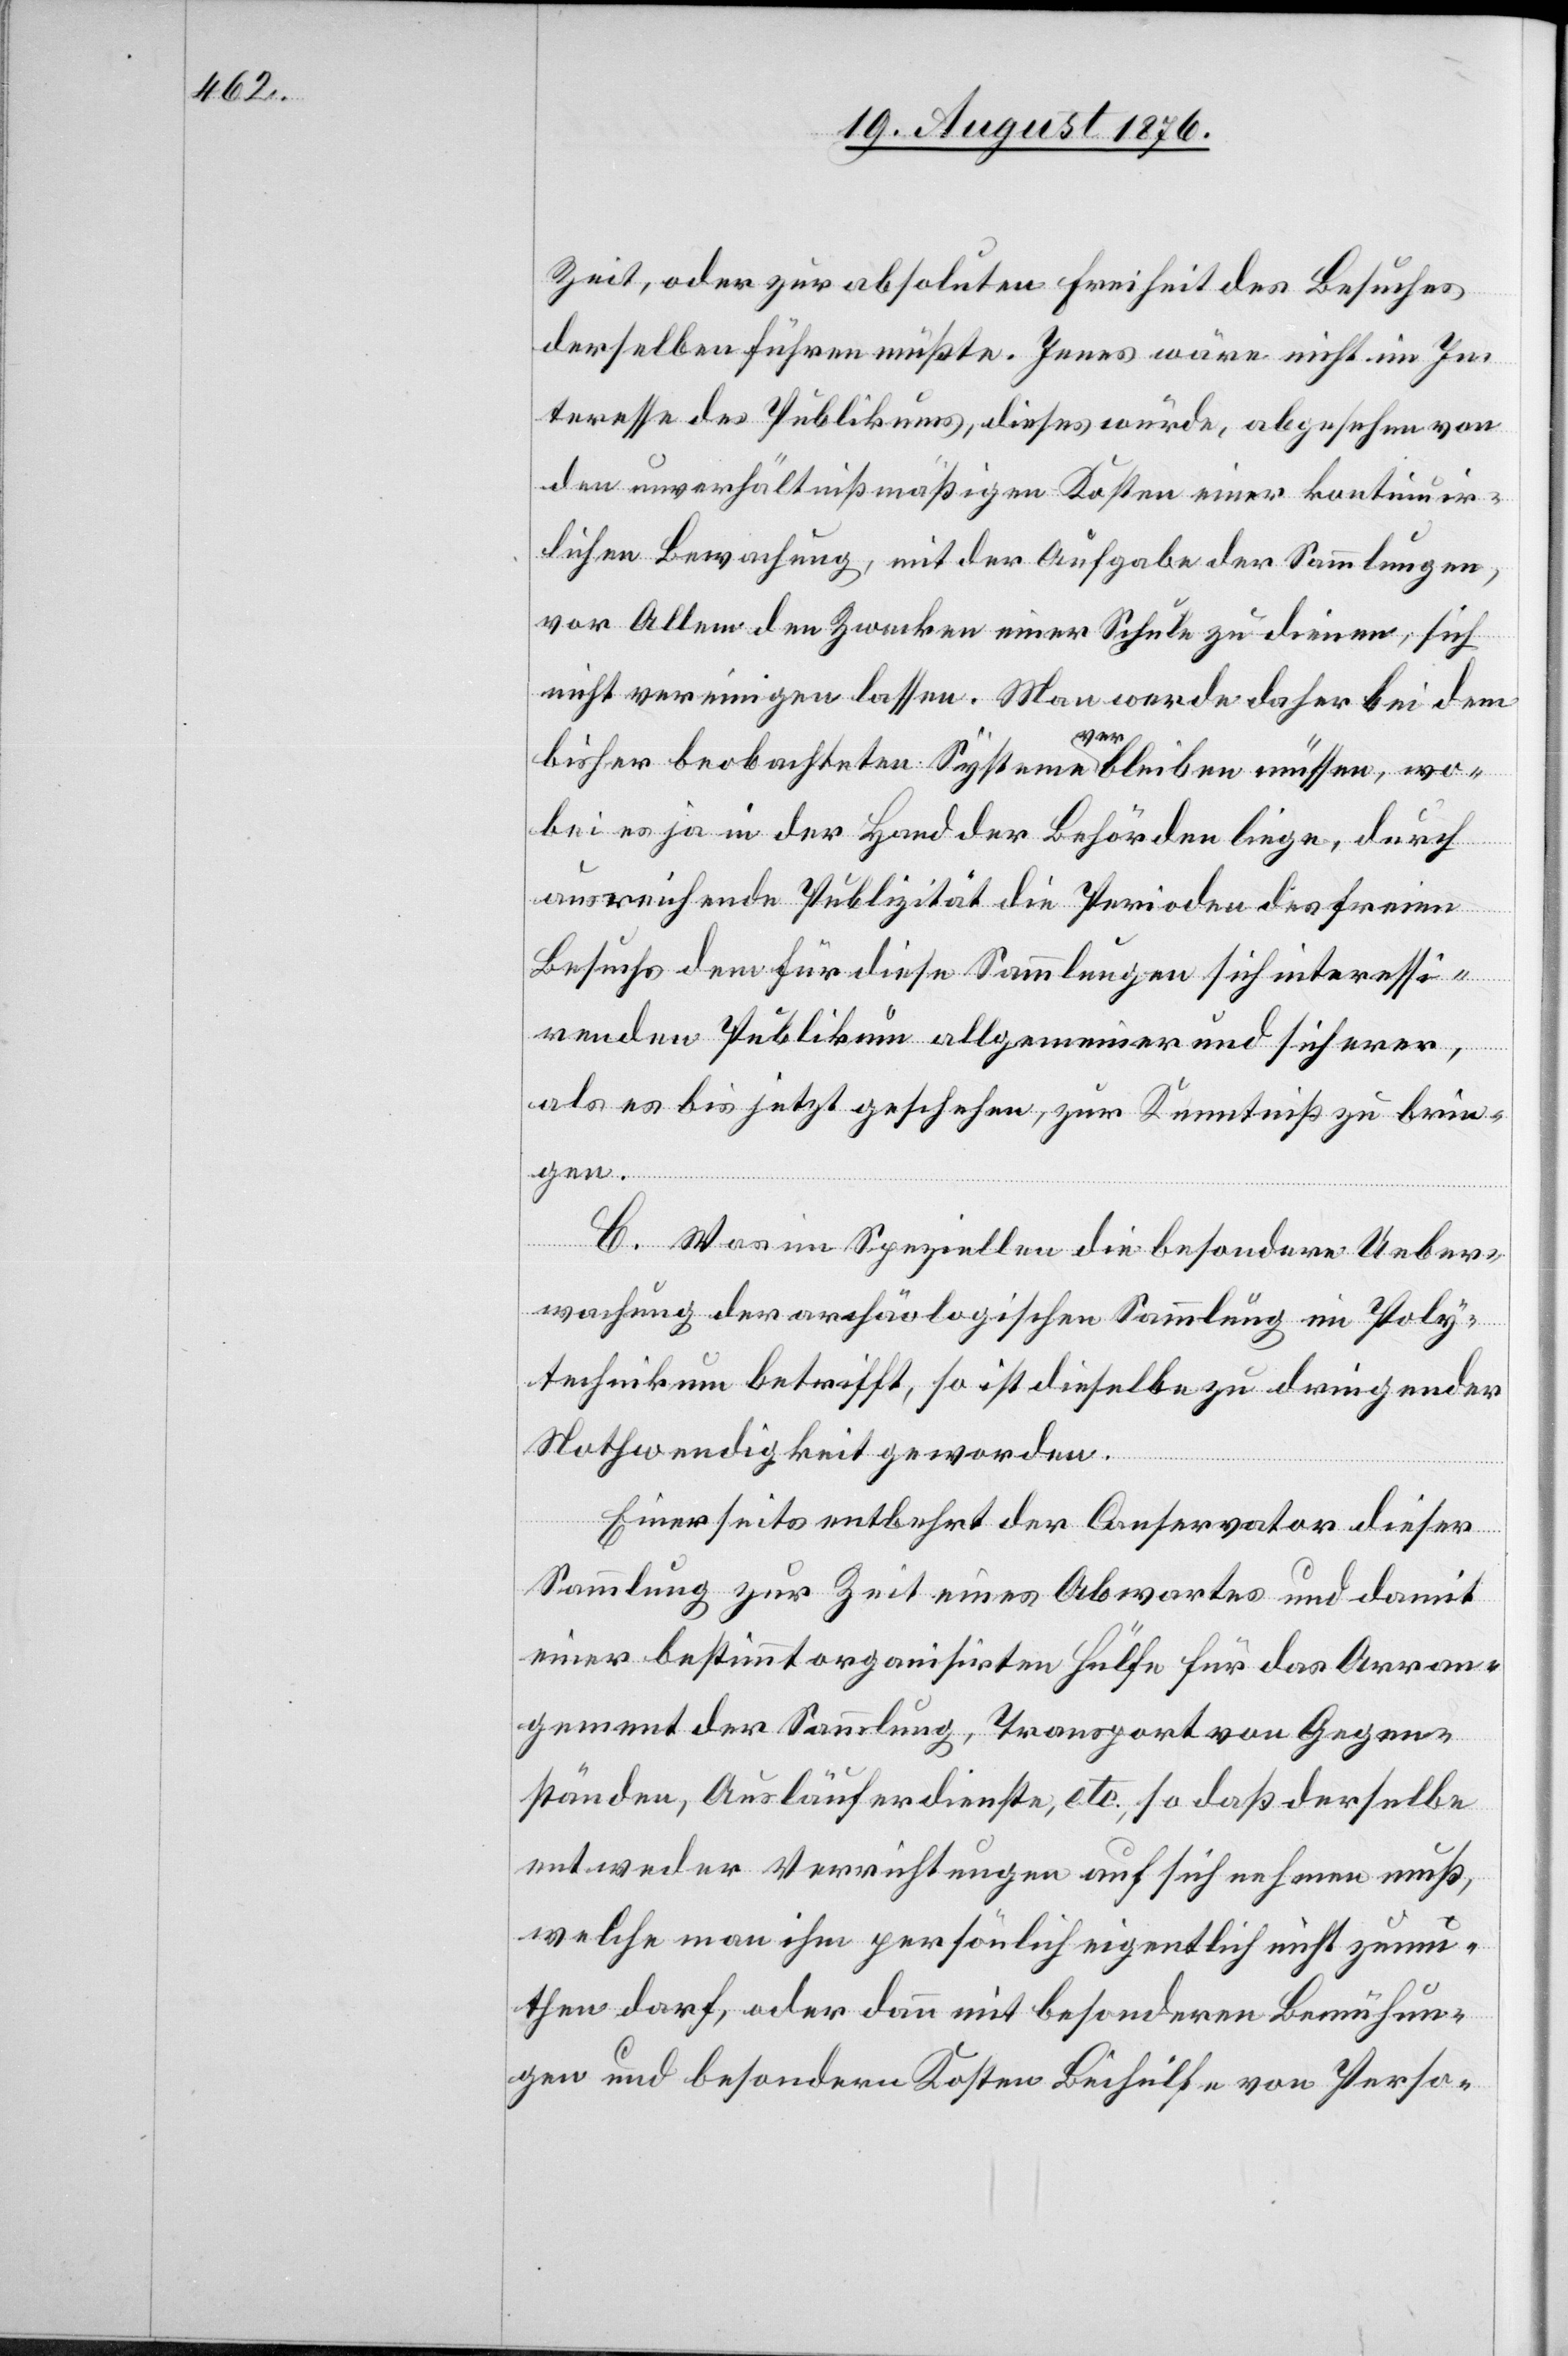
Zeit, oder zur absoluten Freiheit des Besuches
derselben führen müßte. Jenes wäre nicht im In¬
teresse des Publikums, dieses würde, abgesehen von
den unverhältnißmäßigen Kosten einer kontinuir¬
lichen Bewachung, mit der Aufgabe der Sammlungen,
vor Allem den Zwecken einer Schule zu dienen, sich
nicht vereinigen lassen. Ma werde daher bei dem
bisher beobachteten Systeme a ver ableiben müssen, wo¬
bei es ja in der Hand der Behörden liege, durch
ausreichende Publizität die Perioden des freien
Behufs dem für diese Sammlungen sich interessi¬
renden Publikum allgemeiner und sicherer,
als es bis jetzt geschehen, zur Kenntniß zu brin¬
gen.
C. Was im Speziellen die besondere Ueber¬
wachung der archäologischen Sammlung im Poly¬
technikum betrifft, so ist dieselbe zu dringender
Nothwendigkeit geworden.
Einerseits entbehrt der Conservator dieser
Sammlung zur Zeit eines Abwartes und damit
einer bestimmt organisirten Hülfe für das Arran¬
gement der Sammlung, Transport von Gegen¬
ständen, Ausläuferdienste, etc., so daß derselbe
entweder Verrichtungen auf sich nehmen muß,
welche man ihm persönlich eigentlich nicht zumu¬
then darf, oder dann mit besonderen Bemühun¬
gen und besondern Kosten Beihülfe von Perso-